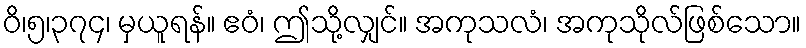
ဝိ၊၅၊၃၇၄၊ မှယူရန်။ ဧဝံ၊ ဤသို့လျှင်။ အကုသလံ၊ အကုသိုလ်ဖြစ်သော။